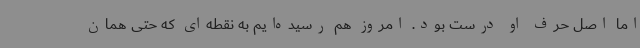
اما اصل حرف او درست بود. امروز هم رسیده‌ایم به نقطه‌ای که حتی همان